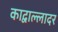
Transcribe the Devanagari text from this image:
काद्वाल्लादर